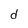
Character: d